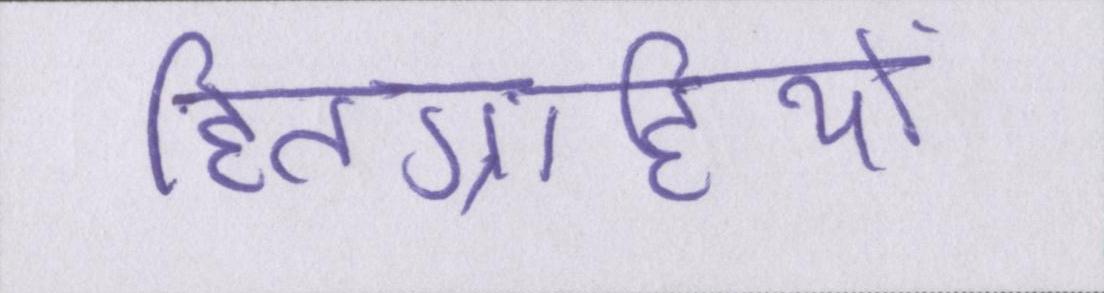
हितग्राहियों